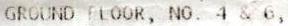
GROUND FLOOR, NO. 4 & 6,